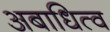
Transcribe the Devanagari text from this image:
अबाधित्व